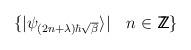
LaTeX: \begin{align*}\{ \vert \psi_{(2n+\lambda)\hbar\sqrt{\beta}} \rangle \vert \quad n \in {\:\mbox{\sf Z} \hspace{-0.82em} \mbox{\sf Z}\,} \}\end{align*}